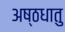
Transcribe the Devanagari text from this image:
अष्ठधातु